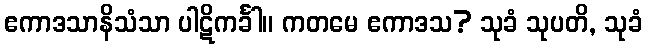
ဧကာဒသာနိသံသာ ပါဋိကင်္ခါ။ ကတမေ ဧကာဒသ? သုခံ သုပတိ, သုခံ